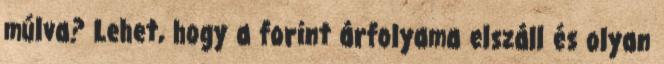
múlva? Lehet, hogy a forint árfolyama elszáll és olyan